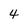
Character: 4